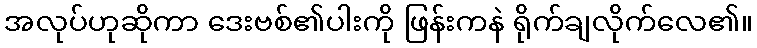
အလုပ်ဟုဆိုကာ ဒေးဗစ်၏ပါးကို ဖြန်းကနဲ ရိုက်ချလိုက်လေ၏။